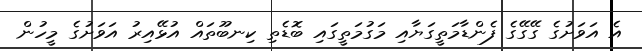
އެ އަވަށުގެ ގޭގޭގެ ފެންޑާމަތީގަޔާއި މަގުމަތީގައި ބޮޑެތި ކިނބޫތައް އުޅޭއިރު އަވަށުގެ މީހުން